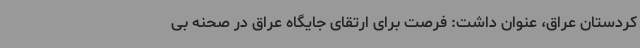
کردستان عراق، عنوان داشت: فرصت برای ارتقای جایگاه عراق در صحنه بی